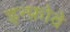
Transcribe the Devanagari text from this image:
इन्फ़ोवे